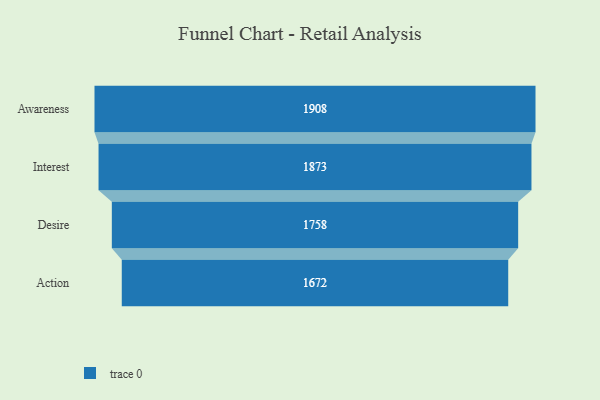
{"axis": {"x": "Stage", "y": "Value"}, "legend": [""], "data": [{"x": "Awareness", "y": 1908.0, "type": ""}, {"x": "Interest", "y": 1873.0, "type": ""}, {"x": "Desire", "y": 1758.0, "type": ""}, {"x": "Action", "y": 1672.0, "type": ""}]}